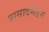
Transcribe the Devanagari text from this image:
प्रासादमंडन